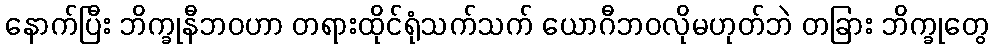
နောက်ပြီး ဘိက္ခုနီဘဝဟာ တရားထိုင်ရုံသက်သက် ယောဂီဘဝလိုမဟုတ်ဘဲ တခြား ဘိက္ခုတွေ